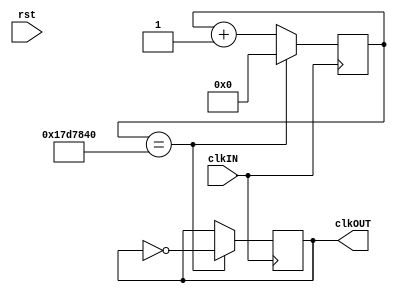
`timescale 1ns / 1ps

module freqdiv(
    input rst,
    input clkIN,
    output reg clkOUT
    );
	 
	 reg [31:0] count;
	 
	 always @(posedge clkIN) begin
			if(count == 32'd25000000) begin
				count <= 32'd0;
				clkOUT <= ~clkOUT;
			end
			else begin
				count <= count + 1;
			end
	end
endmodule